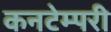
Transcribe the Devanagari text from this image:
कनटेम्परी